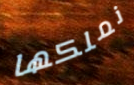
نملكها